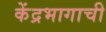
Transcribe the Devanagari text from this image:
केंद्रभागाची